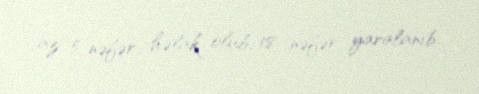
az 5 nəfər həlak olub, 18 nəfər yaralanıb.